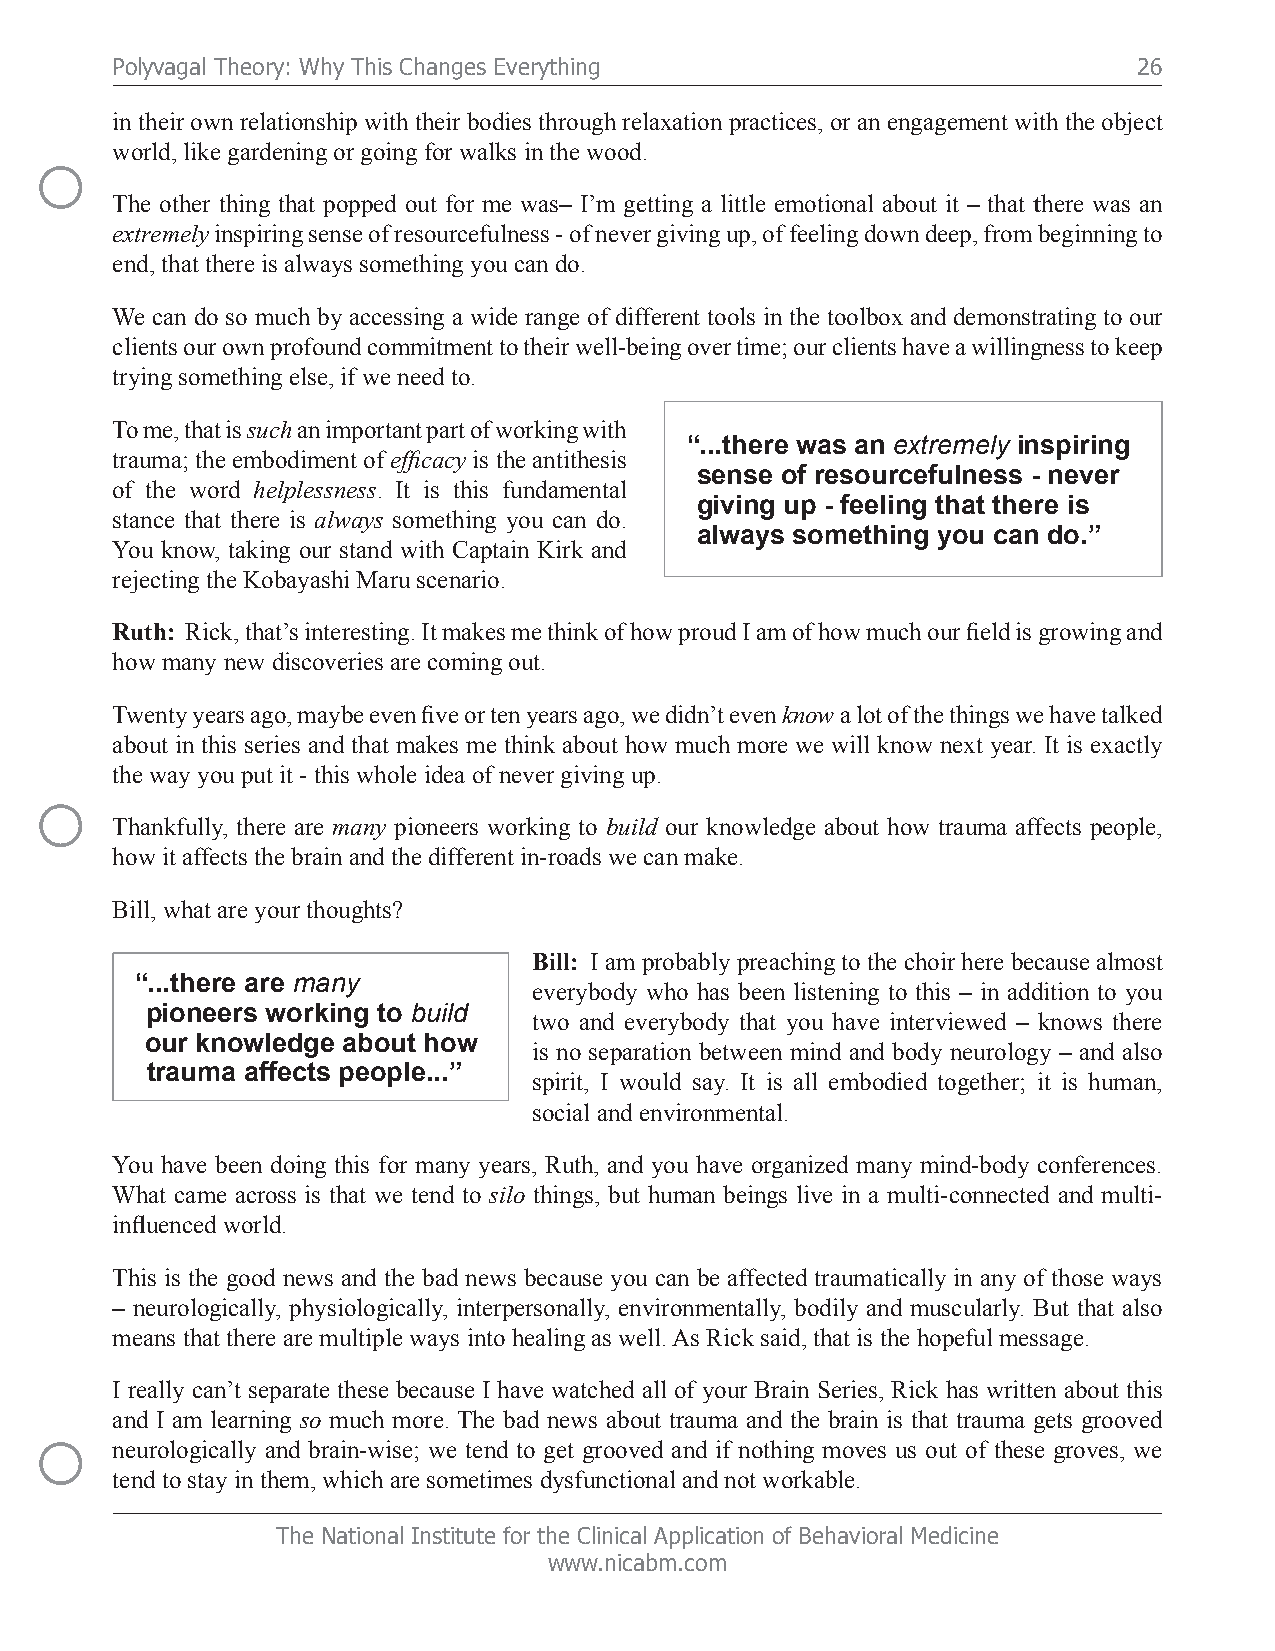
Polyvagal Theory: Why This Changes Everything                       26
 in their own relationship with their bodies through relaxation practices, or an engagement with the object
 ○    world, like gardening or going for walks in the wood.
 The other thing that popped out for me was– I’m getting a little emotional about it – that there was an
 extremely inspiring sense of resourcefulness - of never giving up, of feeling down deep, from beginning to
 end, that there is always something you can do.
 We can do so much by accessing a wide range of different tools in the toolbox and demonstrating to our
 clients our own profound commitment to their well-being over time; our clients have a willingness to keep
 trying something else, if we need to.
 To me, that is such an important part of working with
 “...there was an extremely inspiring
 trauma; the embodiment of efficacy is the antithesis
 sense of resourcefulness - never
 of the word helplessness. It is this fundamental
 giving up - feeling that there is
 stance that there is always something you can do.
 always something you can do.”
 You know, taking our stand with Captain Kirk and
 rejecting the Kobayashi Maru scenario.
 Ruth: Rick, that’s interesting. It makes me think of how proud I am of how much our field is growing and
 how many new discoveries are coming out.
 Twenty years ago, maybe even five or ten years ago, we didn’t even know a lot of the things we have talked
 about in this series and that makes me think about how much more we will know next year. It is exactly
 the way you put it - this whole idea of never giving up.
 ○
 Thankfully, there are many pioneers working to build our knowledge about how trauma affects people,
 how it affects the brain and the different in-roads we can make.
 Bill, what are your thoughts?
 Bill: I am probably preaching to the choir here because almost
 “...there are many
 everybody who has been listening to this – in addition to you
 pioneers working to build
 two and everybody that you have interviewed – knows there
 our knowledge about how
 is no separation between mind and body neurology – and also
 trauma affects people...”
 spirit, I would say. It is all embodied together; it is human,
 social and environmental.
 You have been doing this for many years, Ruth, and you have organized many mind-body conferences.
 What came across is that we tend to silo things, but human beings live in a multi-connected and multi-
 influenced world.
 This is the good news and the bad news because you can be affected traumatically in any of those ways
 – neurologically, physiologically, interpersonally, environmentally, bodily and muscularly. But that also
 means that there are multiple ways into healing as well. As Rick said, that is the hopeful message.
 I really can’t separate these because I have watched all of your Brain Series, Rick has written about this
 and I am learning so much more. The bad news about trauma and the brain is that trauma gets grooved
 ○
 neurologically and brain-wise; we tend to get grooved and if nothing moves us out of these groves, we
 tend to stay in them, which are sometimes dysfunctional and not workable.
 The National Institute for the Clinical Application of Behavioral Medicine
 www.nicabm.com